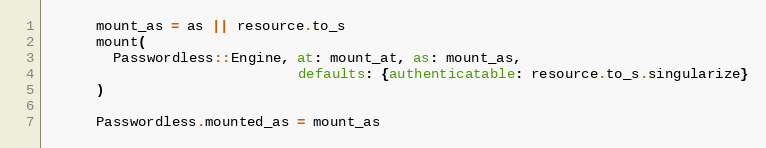
Language: Ruby
      mount_as = as || resource.to_s
      mount(
        Passwordless::Engine, at: mount_at, as: mount_as,
                              defaults: {authenticatable: resource.to_s.singularize}
      )

      Passwordless.mounted_as = mount_as